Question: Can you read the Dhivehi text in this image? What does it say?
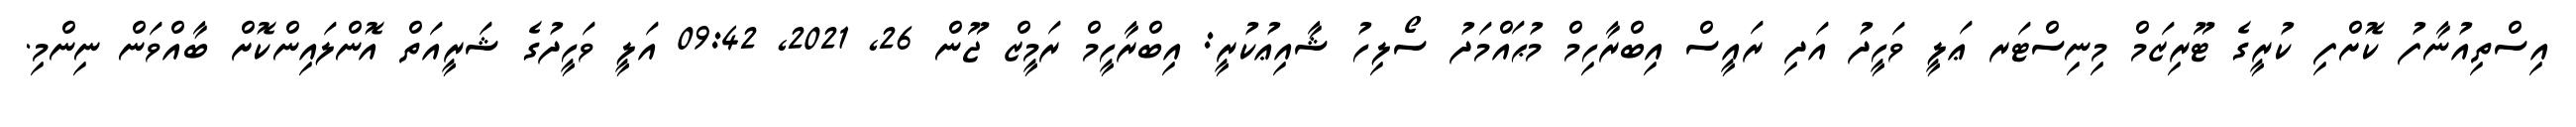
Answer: އިސްތިއުނާފު ކޮށްފި ކުރީގެ ޓޫރިޒަމް މިނިސްޓަރ ޢަލީ ވަހީދު އަދި ރައީސް އިބްރާހިމް މުޙައްމަދު ސޯލިހު ޝާއިޢުކުރީ: އިބްރާހީމް ރަމީޒް ޖޫން 26, 2021, 09:42 އަލީ ވަހީދުގެ ޝަރީއަތް އޮންލައިންކޮށް ބާއްވަން ނިންމި.